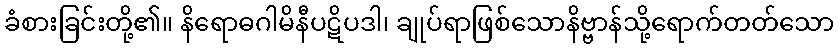
ခံစားခြင်းတို့၏။ နိရောဓဂါမိနီပဋိပဒါ၊ ချုပ်ရာဖြစ်သောနိဗ္ဗာန်သို့ရောက်တတ်သော